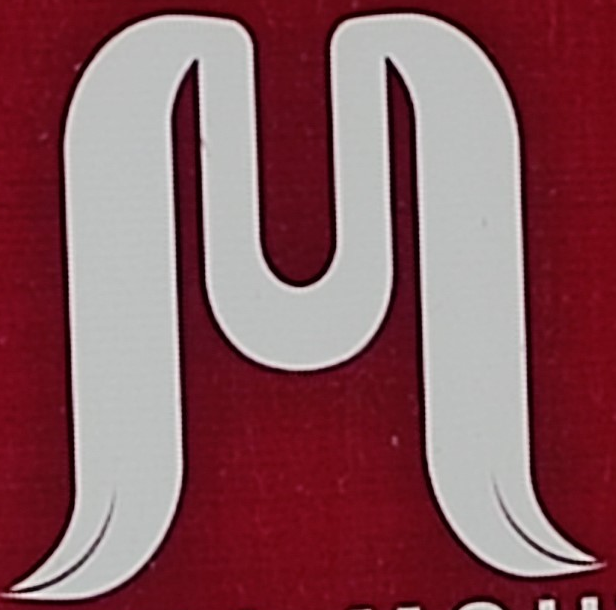
M